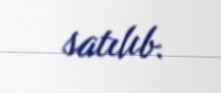
satılıb.